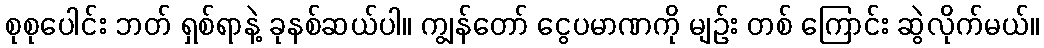
စုစုပေါင်း ဘတ် ရှစ်ရာနဲ့ ခုနစ်ဆယ်ပါ။ ကျွန်တော် ငွေပမာဏကို မျဉ်း တစ် ကြောင်း ဆွဲလိုက်မယ်။